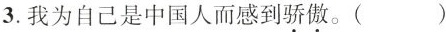
3.我为自己是中国人而感到\underset{·}{骄}\underset{·}{傲}。( )